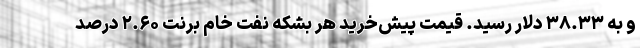
و به ۳۸.۳۳ دلار رسید. قیمت پیش‌خرید هر بشکه نفت خام برنت ۲.۶۰ درصد